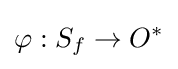
\varphi :S_{f}\rightarrow O^{*}